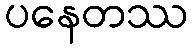
ပနေတဿ